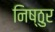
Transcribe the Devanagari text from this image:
निष्‍ठुर